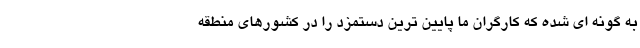
به گونه ای شده که کارگران ما پایین ترین دستمزد را در کشورهای منطقه